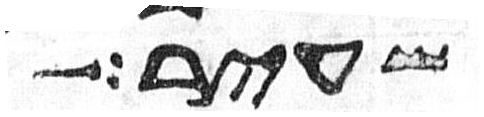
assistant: שעיר